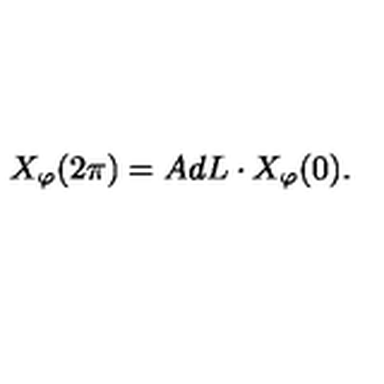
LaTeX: X _ { \varphi } ( 2 \pi ) = A d L \cdot X _ { \varphi } ( 0 ) .